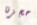
حجزنا